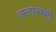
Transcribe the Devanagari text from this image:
अनारम्भो